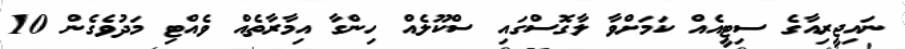
ނައިޖީރިއާގެ ސިޓީއެއް ކަމަށްވާ ލާގޮސްގައި ސްކޫލެއް ހިންގާ އިމާރާތެއް ވެއްޓި މަދުވެގެން 10